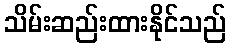
သိမ်းဆည်းထားနိုင်သည်